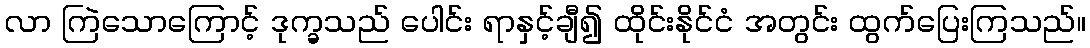
လာ ကြဲသောကြောင့် ဒုက္ခသည် ပေါင်း ရာနှင့်ချီ၍ ထိုင်းနိုင်ငံ အတွင်း ထွက်ပြေးကြသည်။